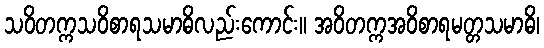
သဝိတက္ကသဝိစာရသမာဓိလည်းကောင်း။ အဝိတက္ကအဝိစာရမတ္တသမာဓိ၊